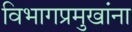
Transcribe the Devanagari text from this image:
विभागप्रमुखांना